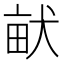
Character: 𤱶